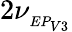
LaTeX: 2\nu_{_{EP_{V3}}}